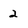
Character: 2